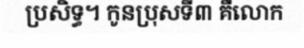
ប្រសិទ្ធ។ កូនប្រុសទី៣ គឺលោក